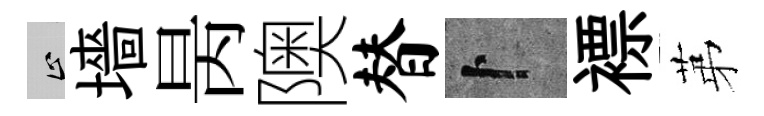
止墻昺隩替卜褾苐